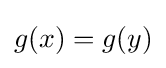
g(x)=g(y)